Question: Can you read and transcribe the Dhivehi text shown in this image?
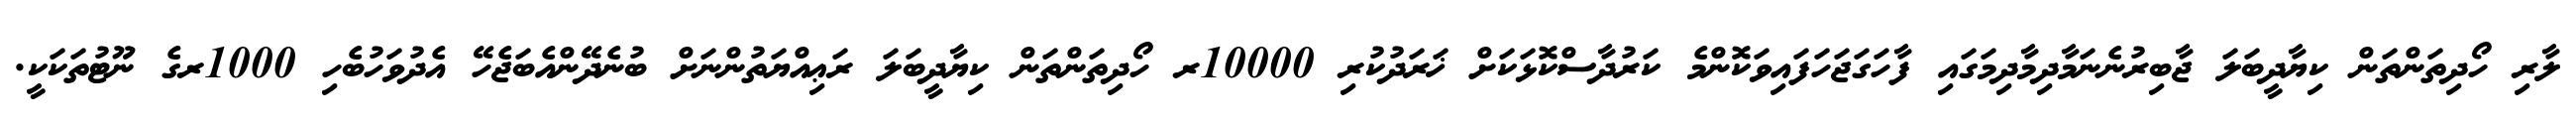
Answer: ލާރި ހޯދިތަންތަން ކިޔާދީބަލަ ޖާބިރުނެނަމާދިމާދިމަގައި ފާހަގަޖަހަފައިވަކޮންމެ ކަރުދާސްކޮޅަކަށް ޚަރަދުކުރި 10000ރ ހޯދިތަންތަން ކިޔާދީބަލަ ރަޢިއްޔަތުންނަށް ބުނެދޭންއެބަޖެހޭ އެދުވަހުބެހި 1000ރގެ ނޫޓުތަކަކީ.